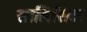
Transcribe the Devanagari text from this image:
सालिसिटर